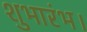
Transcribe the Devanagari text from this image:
शुभारंभ।